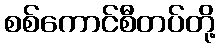
စစ်ကောင်စီတပ်တို့